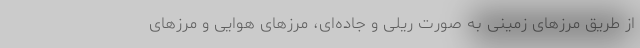
از طریق مرزهای زمینی به صورت ریلی و جاده‌ای، مرزهای هوایی و مرزهای